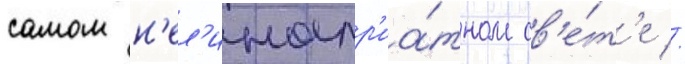
самом н'ел'ицепр'иа́тном св'е́т'е //